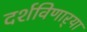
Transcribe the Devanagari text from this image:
दर्शविणार्‍या